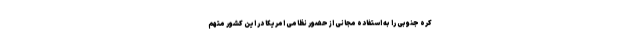
کره جنوبی را به استفاده مجانی از حضور نظامی امریکا در این کشور متهم